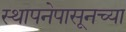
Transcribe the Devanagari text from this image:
स्थापनेपासूनच्या